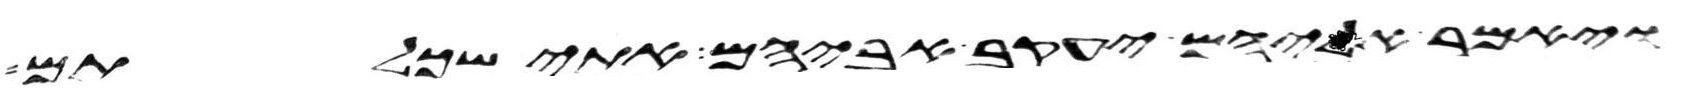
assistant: ויאמר אליהם יעקב אביהם אתי שכלתם